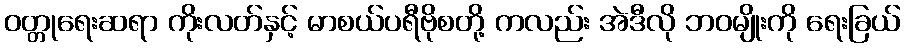
ဝတ္တုရေးဆရာ ကိုးလတ်နှင့် မာစယ်ပရီဗိုစတို့ ကလည်း အဲဒီလို ဘဝမျိုးကို ရေးခြယ်